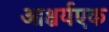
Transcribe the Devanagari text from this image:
आश्चर्यएक